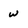
Character: w